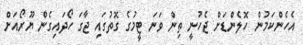
އެހެންކަމުން ހޮލެންޑަށް ޖެހުނީ ތިން ވަނަ ޓީމުގެ ގޮތުގައި ޖާގަ ހޯދައިގެން ޔޫރޯއަށް